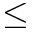
\leq